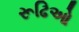
રૂઢિઓ